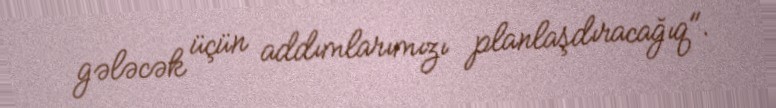
gələcək üçün addımlarımızı planlaşdıracağıq".